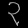
Digit: ၃